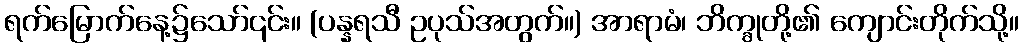
ရက်မြောက်နေ့၌သော်၎င်း။ (ပန္နရသီ ဥပုသ်အတွက်။) အာရာမံ၊ ဘိက္ခုတို့၏ ကျောင်းတိုက်သို့။